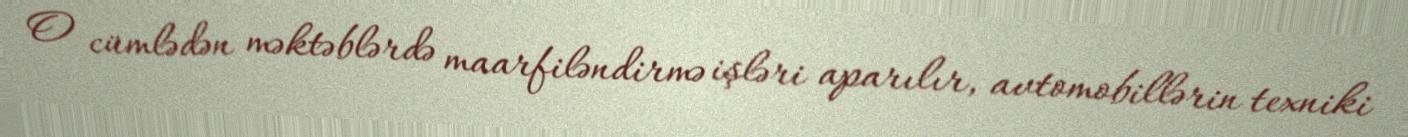
O cümlədən məktəblərdə maarfiləndirmə işləri aparılır, avtomobillərin texniki